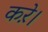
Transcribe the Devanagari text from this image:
करे़।